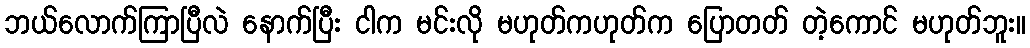
ဘယ်လောက်ကြာပြီလဲ နောက်ပြီး ငါက မင်းလို မဟုတ်ကဟုတ်က ပြောတတ် တဲ့ကောင် မဟုတ်ဘူး။